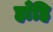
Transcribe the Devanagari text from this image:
हाँहि